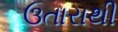
ઉતારાથી